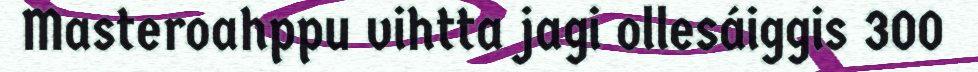
Masteroahppu vihtta jagi ollesáiggis 300